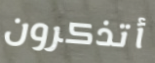
أتذكرون